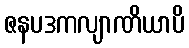
ဇနပဒကလျာဏိယာပိ